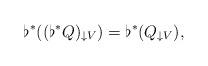
LaTeX: \begin{align*}\flat^{*}((\flat^{*}Q)_{\downarrow V}) =\flat^{*}(Q_{\downarrow V}),\end{align*}